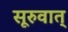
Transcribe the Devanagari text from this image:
सूरुवात्